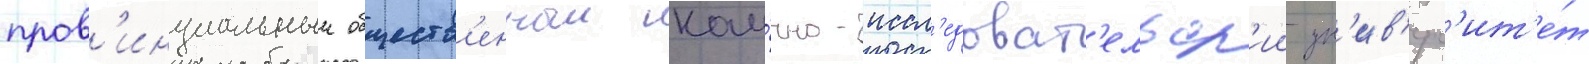
пров'инциальныи обществ'енныи нау́чно-иссл'едоват'ельск'ии ун'ив'ерс'ит'е́т